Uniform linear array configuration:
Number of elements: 12
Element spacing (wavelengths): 0.5
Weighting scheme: cosine
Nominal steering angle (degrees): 60
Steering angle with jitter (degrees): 61.726
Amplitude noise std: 0.05
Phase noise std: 0.05

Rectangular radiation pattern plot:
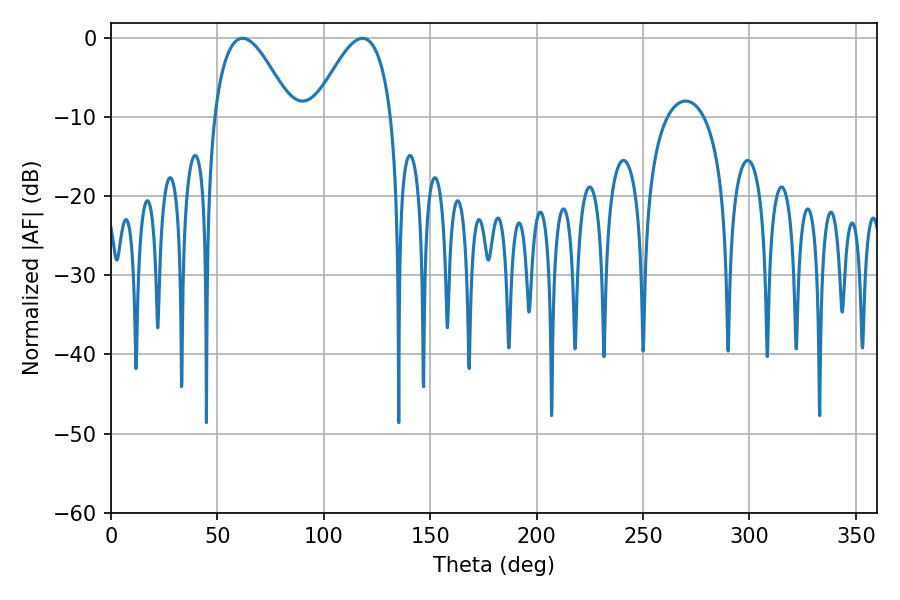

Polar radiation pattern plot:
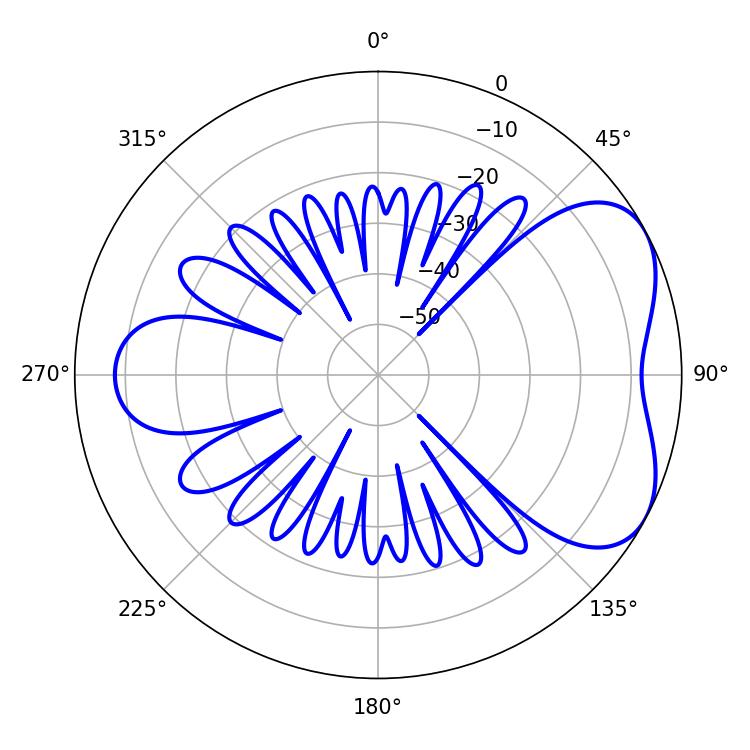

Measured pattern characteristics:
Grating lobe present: FALSE
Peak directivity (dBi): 5.042
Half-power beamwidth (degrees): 19.8
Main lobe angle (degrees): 61.74